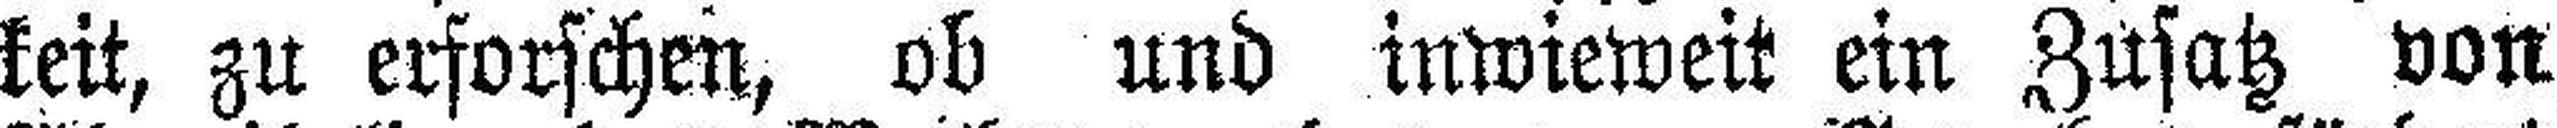
keit, zu erforschen, ob und inwieweit ein Zusatz von